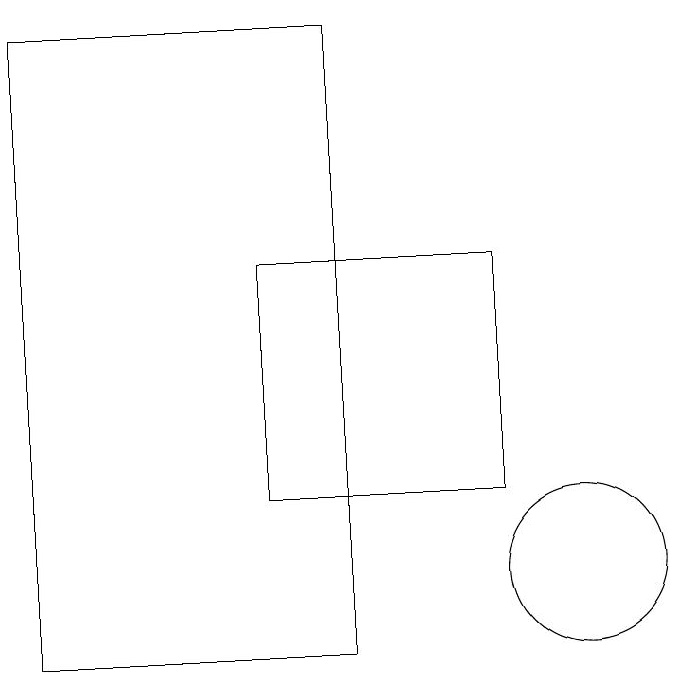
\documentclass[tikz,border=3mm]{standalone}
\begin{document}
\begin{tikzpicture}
\draw (3,18) rectangle (7,10);
\draw (10,11) circle (1);
\draw (6,12) rectangle (9,15);
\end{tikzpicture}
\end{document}